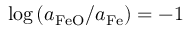
\log { ( a _ { \mathrm { F e O } } / a _ { \mathrm { F e } } ) = - 1 }